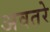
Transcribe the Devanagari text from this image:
अवतरे